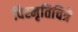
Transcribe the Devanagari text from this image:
विस्मृतिचित्रे